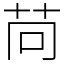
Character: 苘